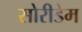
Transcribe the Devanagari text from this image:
सोरीडेम